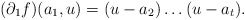
\begin{align*} (\partial_{1} f)(a_1,u) = (u-a_2) \dots (u-a_t). \end{align*}